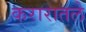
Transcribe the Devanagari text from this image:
करारातले